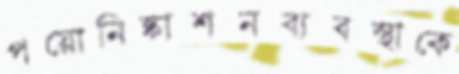
পয়োনিষ্কাশনব্যবস্থাকে